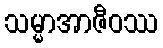
သမ္မာအာဇီဝဿ